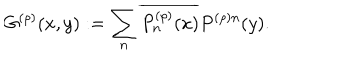
LaTeX: G ^ { ( \rho ) } ( x , y ) : = \sum _ { n } \overline { { { P _ { n } ^ { ( \rho ) } ( x ) } } } P ^ { ( \rho ) n } ( y ) .